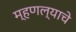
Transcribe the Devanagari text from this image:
म्हणल्याचे